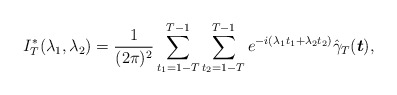
\begin{align*} I_{T}^{*}(\lambda_{1},\lambda_{2})= \frac{1}{(2\pi)^{2}}\sum_{t_{1}=1-T}^{T-1}\sum_{t_{2}=1-T}^{T-1} e^{-i(\lambda_{1}t_{1}+\lambda_{2}t_{2})} \hat{\gamma}_{T}(\boldsymbol{t}),\end{align*}